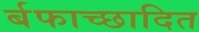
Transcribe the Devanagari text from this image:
र्बफाच्छादित